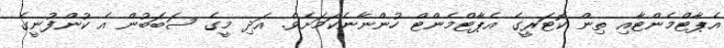
އެޕާޓްމެންޓާއި ތިން ކޮޓަރީގެ އެޕާޓްމެންޓް ހުންނާނެކަމަށެވެ. އަދި މީގެ ސަބަބުން އެ ކުންފުނީގެ